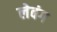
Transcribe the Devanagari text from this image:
लेवंग